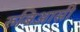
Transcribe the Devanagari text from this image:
रुबिआसी